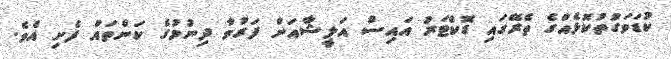
ކުޑަވަގުތުކޮޅެއްގެ ތެރޭގައި ޑޮކްޓަރު އައިސް އަލީޝާއަށް ފަރުވާ ދިނުމުގެ ކަންތައް ފެށި އެވެ.